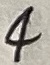
Text: 4